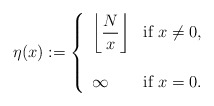
\begin{align*}\eta(x) := \left\{\begin{array}{ll}\displaystyle \left\lfloor \frac{N}{x} \right\rfloor & \hbox{if } x \neq 0, \\\\\infty & \hbox{if } x = 0.\end{array} \right. \end{align*}